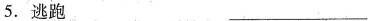
5.逃跑 ___